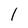
Character: l